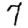
Digit: 7